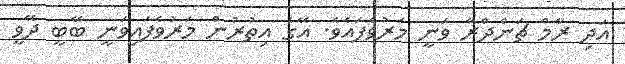
އަދި ރާމް ޗަންދްރާ ވަނީ މަރުވެފައެވެ. އޭގެ އިތުރުން މަރުވެފައިވަނީ ބޭބީ ދޭވީ